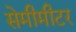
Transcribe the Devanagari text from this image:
सेमीमीटर